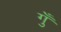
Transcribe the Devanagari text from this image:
गुँ